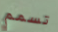
تسمم